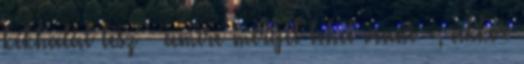
kékhalál lesz – amire mérget lehet venni -, akkor